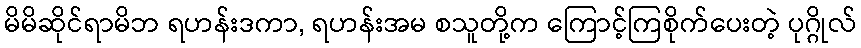
မိမိဆိုင်ရာမိဘ ရဟန်းဒကာ, ရဟန်းအမ စသူတို့က ကြောင့်ကြစိုက်ပေးတဲ့ ပုဂ္ဂိုလ်